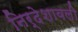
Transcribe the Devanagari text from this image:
निर्देशावली